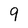
Character: 9